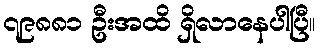
၇၉၈၈၁ ဦးအထိ ရှိလာနေပါပြီ။